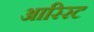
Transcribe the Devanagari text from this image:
आरिरट